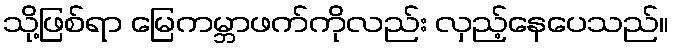
သို့ဖြစ်ရာ မြေကမ္ဘာဖက်ကိုလည်း လှည့်နေပေသည်။